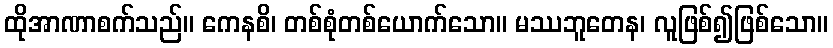
ထိုအာဏာစက်သည်။ ကေနစိ၊ တစ်စုံတစ်ယောက်သော။ မဿဘူတေန၊ လူဖြစ်၍ဖြစ်သော။